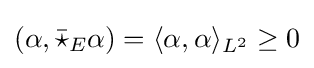
(\alpha ,{\bar {\star }}_{E}\alpha )=\langle \alpha ,\alpha \rangle _{L^{2}}\geq 0